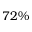
7 2 \%